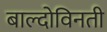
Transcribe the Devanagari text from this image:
बाल्दोविनती